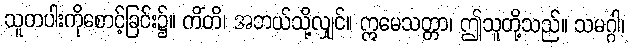
သူတပါးကိုစောင့်ခြင်း၌။ ကိံတိ၊ အဘယ်သို့လျှင်။ ဣမေသတ္တာ၊ ဤသူတို့သည်။ သမဂ္ဂါ၊